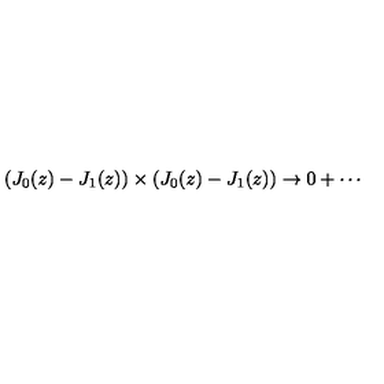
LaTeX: \left( J _ { 0 } ( z ) - J _ { 1 } ( z ) \right) \times \left( J _ { 0 } ( z ) - J _ { 1 } ( z ) \right) \rightarrow 0 + \cdots